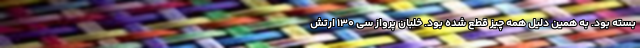
بسته بود. به همین دلیل همه چیز قطع شده بود. خلبان پرواز سی ۱۳۰ ارتش